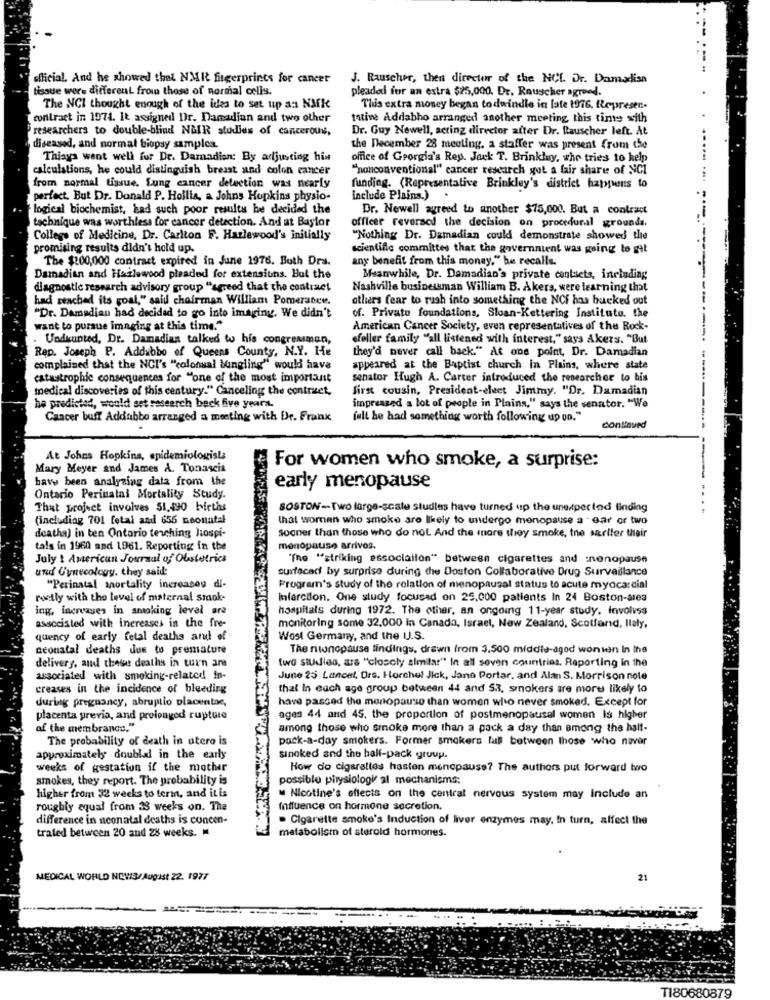
official, And he showed that NMR fingerprints for cancer
J. Rauscher, then director of the NCL. Dr. Damalisa
tissue wers different from those of normal colis.
pleaded for an extra $25,000. Dr. Rauscher agreed.
The NCI thought enough of the ides to set up a: NMK
This extra money began todwindle in late 1976. Represen-
contract in 1974. It assigned Dr. Damadiun and two other
tative Addabho arranged another meeting this time with
researchers to double-blind NGIR studies of cancerous,
Dr. Guy Newell, acting director after Dr. Rauscher left. At
diseased, and normal biopsy samples.
the December 28 meoling, a staffer was present from the
Things went well for De. Damadian: By adjusting his
office of Georgia's Rep. Jack T. Brinkluy, whe tries to kelp
calculations, he could distinguish breast and colon cancer
"nonconventional" cancer research got a fair share of NCI
from normal tissue. Lung cancer detection was nearly
funding. (Representative Brinkley's district happens to
perfect. But Dr. Donald P. Hollis, a Johns Hopkins physio-
include Plains.) .
logical biochemist, had such poor results he decided the
Dr. Newell agreed to another $75,000. But a contract
technique was worthless for cancer detection. And at Baylor
officer reversed the decision on procedural grounds.
College of Medicine, Dr. Carlton F. Hazlewood's initially
"Nothing Dr. Damadian could demonstrate showed the
promising results didn't hold up.
scientific committee that the governnient was going to get
The $200,000 contract expired in June 1976. Both Dra.
any benefit from this money," he recalls.
Damadian and Hazlewood pleaded for extensiuns. But the
Meanwhile, Dr. Damadian's private contacts, including
diagnostic research advisory group "agreed that the contract
Nashville businessman William B. Akers, were learning that
had reached its goal," said chairman William Pomeraber.
others fear to rush into something the NCI has bucked out
"Dr. Damadian had decided to go into imaging. We didn't
of. Privato foundations, Sloan-Kettering Instituto. the
want to pursue imaging at this time."
American Cancer Society, even representatives of the Rock-
Undaunted, Dr. Damadian talked to his congressman,
sfeller family "all listened with interest," says Akers. "But
Rep. Joseph P. Addabbo of Queens County, N.Y. He
they'd never call back." At one point, Dr. Damadian
complained that the NCI's "colonaal bungling" would have
appeared at the Baptist church in Phins, where state
catastrophic consequences for "one of the most important
senator Hugh A. Carter introduced the researcher to his
medical discoveries of this century." Canceling the contract,
first cousin, President-elect Jimmy. "Dr. Damadian
he predicted, would set research beck five years.
impressed a lot of people in Plains," says the senator. "We
Cancer buff Addubbo arranged a meeting with Dr. Frank
felt he had something worth following up on."
continued
At Johns Hopkins, apidemiologists
Mary Meyer and James A. Tonascia
For women who smoke, a surprise:
bavy been analyzing data from the
early menopause
Ontario Perinatal Mortality Study.
That project involves 51,490 births
BOSTON-Two large-scale studies have turned up the unexpected finding
(including 701 fetal andl 655 neonatal
that woman who smoke are likely to undergo menopause a - ear or two
sooner than those who do not And the more wioy smoke, the sarlfer their
deatha) in ten Ontario teaching Jiospi-
tals in 1960 and 1961. Reporting in the
menopause arrivos.
July 1 American Journal of Obstetrics
"The "striking association" between cigarettes and :nonopause
und Gynecology. they said:
surfacad by surprise during the Doston Collaborative Drug Surveillance
"Perinatal anortality increases di-
Program's study of the relation of menopausal status to acute myocardial
rostly with the level of maternal smaok-
Infarction. One study focused on 25,000 patients In 24 Boston-area
ing, increases in smoking leval are
hospitals during 1972. The other, an ongoing 11-year study. Involvss
associated with increases in the fre-
monitoring some 32,000 in Canada, Israel, New Zealand, Scotland, Ilaly,
quency of early fetal deaths and of
West Germany, and the U.S.
neonatal deaths due to premature
The nionopause findings, drawn from 3.500 middle-aged wonien In the
delivery, and these deaths in turn are
two studies, ara "closely similar" In all seven countries, Reporting in the
associated with smoking-related in-
June 25 Lancet, Drs. Horchel Jick, Jane Portar, and Alan S. Morrison note
creases in the incidence of bleeding
that In each age group between 44 and 53, smokers are more likely to
during pregnancy, abruptio placentae,
have passed the menopause than women who never smoked. Except for
placenta previa, and prolonged rupture
ages 44 and 45. the proportion of postmenopausal women Is higher
af the membrance."
among those who smoke more than a pack a day than among the half-
The probability of death in utero is
pack-a-day smokers. Former smokers lus between those who never
approximately doublad in the early
Sinoked and the half-pack group.
weeks of gestation if the mother
How do cigarettes hasten menopause? The authors put forward two
smokes, they report. The probability is
possible physiologie al mechanisms:
higher from 32 weeks to term, and it is
Nicotine's effects on the central nervous system may Include an
roughly equal from 3 weeks on. The
influence on hormone secretion.
difference in neonatal deaths is concen-
. Cigarette smoke's Induction of liver enzymes may, in turn, affect the
traled between 20 and 28 weeks.
metabolism of sterold hormones.
MEDICAL WORLD NEWS/August 22. 1977
21
----
T180680879